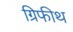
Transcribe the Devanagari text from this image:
ग्रिफीथ